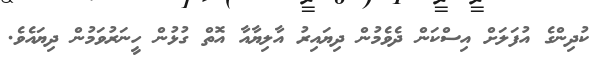
ކުދިންގެ އުފަލަށް އިސްކަން ދެވެމުން ދިޔައިރު އާލިޔާއާ އޮތް ގުޅުން ހީނަރުވަމުން ދިޔައެވެ.